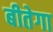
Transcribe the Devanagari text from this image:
बीतेगा